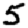
Digit: 5